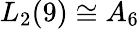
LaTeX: L_{2}(9)\cong A_{6}